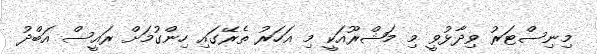
މިނިސްޓަރު ވިދާޅުވީ މި މަޝްރޫއަކީ މި އަހަރު ތެރޭގައި ހިންގުމަށް ރައީސް އަބްދު